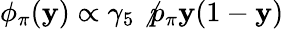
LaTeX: \phi_{\pi}(\mathbf{y})\propto\gamma_{5}\not{p}_{\pi}\mathbf{y}(1-\mathbf{y})